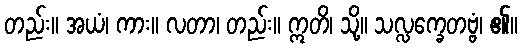
တည်း။ အယံ၊ ကား။ လတာ၊ တည်း။ ဣတိ၊ သို့။ သလ္လက္ခေတဗ္ဗံ၊ ၏။